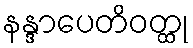
နန္ဒာပေတိဝတ္ထု